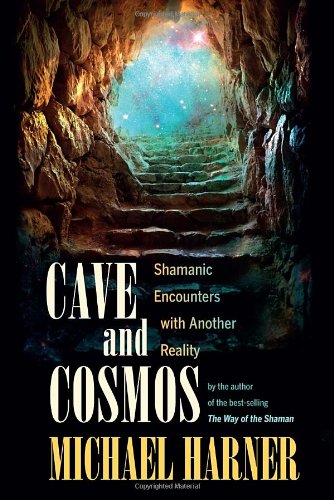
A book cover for Cave and Cosmos: Shamanic Encounters with Another Reality; Michael Harner; Religion & Spirituality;